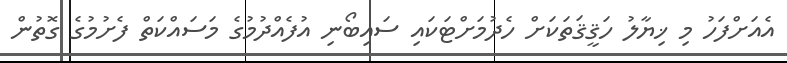
އެއަށްފަހު މި ޚިޔާލު ހަޤީޤަތަކަށް ހެދުމަށްޓަކައި ސައިބޯނި އުފެއްދުމުގެ މަސައްކަތް ފެށުމުގެ ގޮތުން